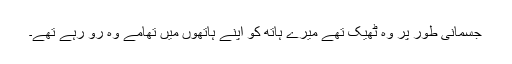
جسمانی طور پر وہ ٹھیک تھے میرے ہاتھ کو اپنے ہاتھوں میں تھامے وہ رو رہے تھے۔